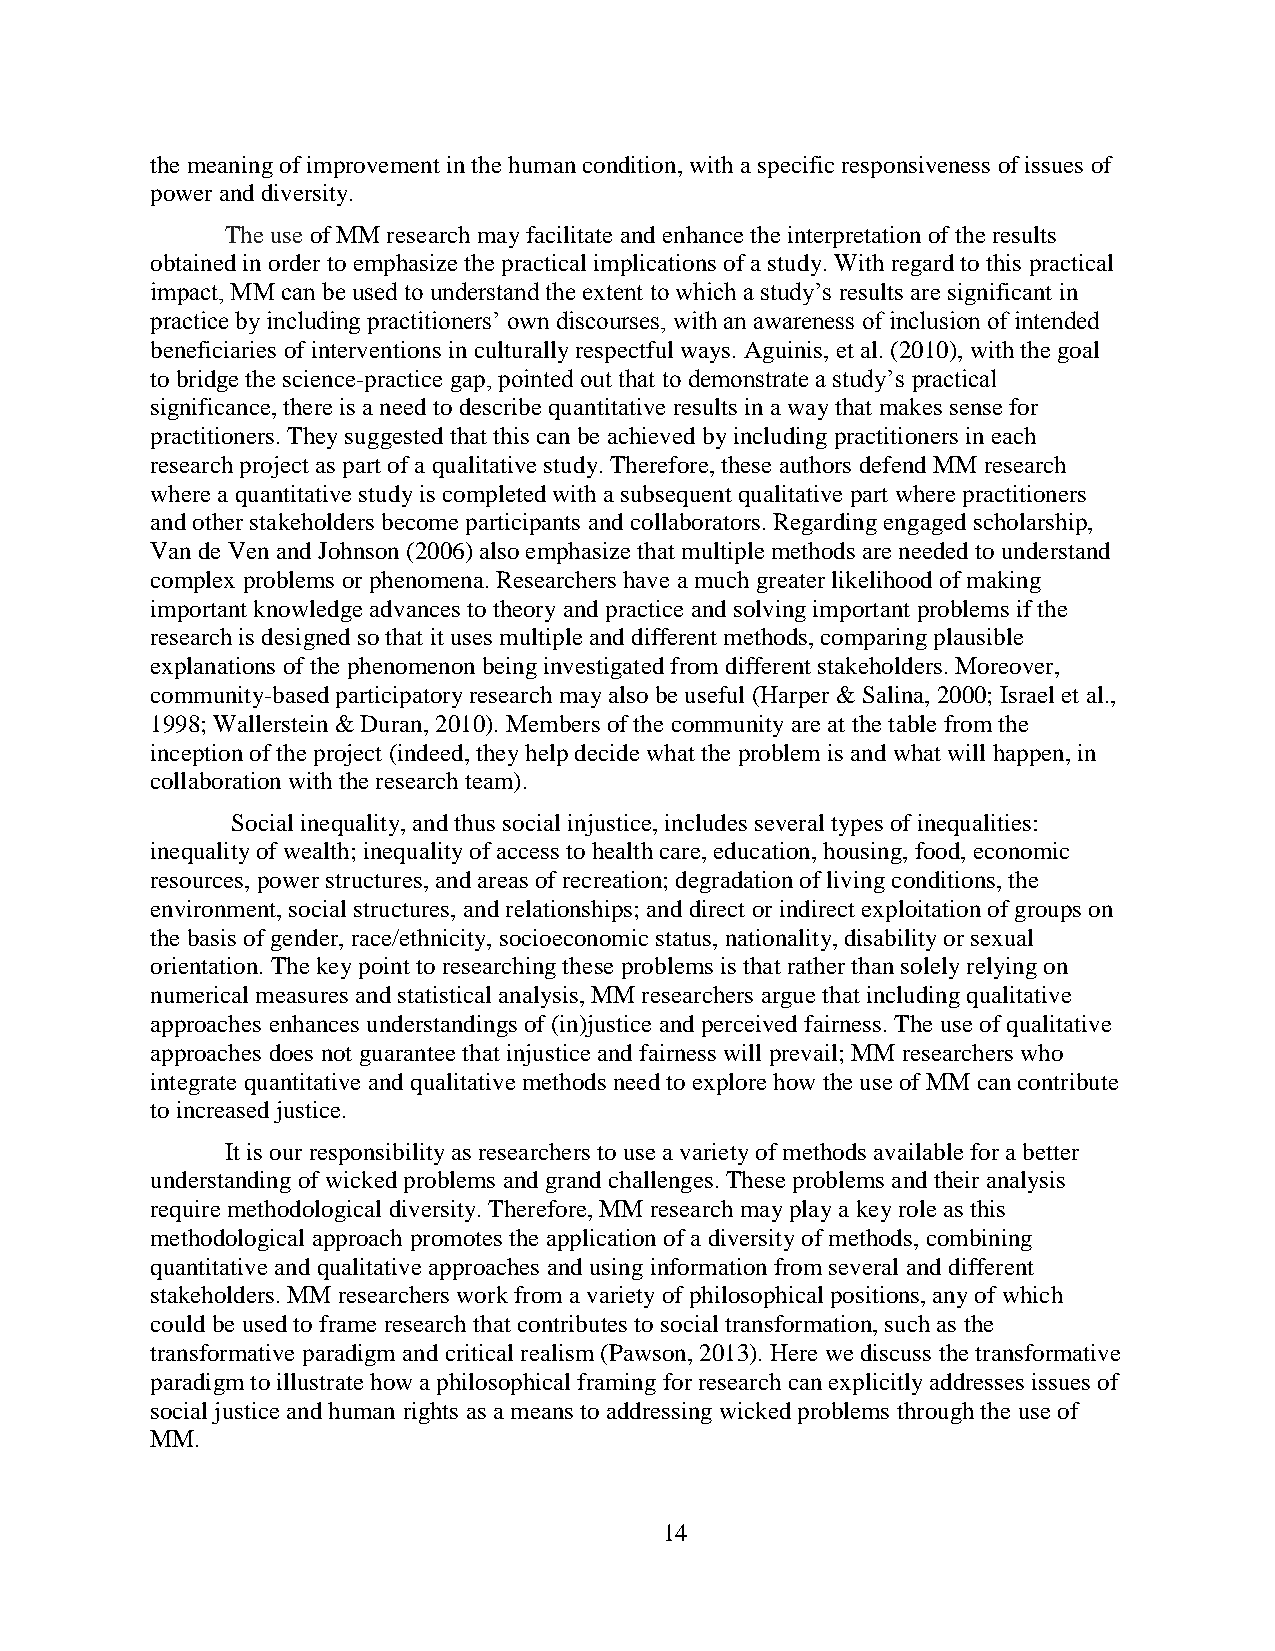
the meaning of improvement in the human condition, with a specific responsiveness of issues of
 power and diversity.
 The use of MM research may facilitate and enhance the interpretation of the results
 obtained in order to emphasize the practical implications of a study. With regard to this practical
 impact, MM can be used to understand the extent to which a study’s results are significant in
 practice by including practitioners’ own discourses, with an awareness of inclusion of intended
 beneficiaries of interventions in culturally respectful ways. Aguinis, et al. (2010), with the goal
 to bridge the science-practice gap, pointed out that to demonstrate a study’s practical
 significance, there is a need to describe quantitative results in a way that makes sense for
 practitioners. They suggested that this can be achieved by including practitioners in each
 research project as part of a qualitative study. Therefore, these authors defend MM research
 where a quantitative study is completed with a subsequent qualitative part where practitioners
 and other stakeholders become participants and collaborators. Regarding engaged scholarship,
 Van de Ven and Johnson (2006) also emphasize that multiple methods are needed to understand
 complex problems or phenomena. Researchers have a much greater likelihood of making
 important knowledge advances to theory and practice and solving important problems if the
 research is designed so that it uses multiple and different methods, comparing plausible
 explanations of the phenomenon being investigated from different stakeholders. Moreover,
 community-based participatory research may also be useful (Harper & Salina, 2000; Israel et al.,
 1998; Wallerstein & Duran, 2010). Members of the community are at the table from the
 inception of the project (indeed, they help decide what the problem is and what will happen, in
 collaboration with the research team).
 Social inequality, and thus social injustice, includes several types of inequalities:
 inequality of wealth; inequality of access to health care, education, housing, food, economic
 resources, power structures, and areas of recreation; degradation of living conditions, the
 environment, social structures, and relationships; and direct or indirect exploitation of groups on
 the basis of gender, race/ethnicity, socioeconomic status, nationality, disability or sexual
 orientation. The key point to researching these problems is that rather than solely relying on
 numerical measures and statistical analysis, MM researchers argue that including qualitative
 approaches enhances understandings of (in)justice and perceived fairness. The use of qualitative
 approaches does not guarantee that injustice and fairness will prevail; MM researchers who
 integrate quantitative and qualitative methods need to explore how the use of MM can contribute
 to increased justice.
 It is our responsibility as researchers to use a variety of methods available for a better
 understanding of wicked problems and grand challenges. These problems and their analysis
 require methodological diversity. Therefore, MM research may play a key role as this
 methodological approach promotes the application of a diversity of methods, combining
 quantitative and qualitative approaches and using information from several and different
 stakeholders. MM researchers work from a variety of philosophical positions, any of which
 could be used to frame research that contributes to social transformation, such as the
 transformative paradigm and critical realism (Pawson, 2013). Here we discuss the transformative
 paradigm to illustrate how a philosophical framing for research can explicitly addresses issues of
 social justice and human rights as a means to addressing wicked problems through the use of
 MM.
 14